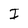
Character: J